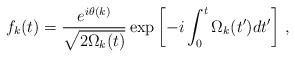
LaTeX: \begin{align*}f_k(t)=\frac{e^{i\theta(k)}}{\sqrt{2\Omega_k(t)}}\exp\left[-i\int_0^t\Omega_k(t')dt'\right]\,,\end{align*}